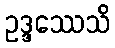
ဥဒ္ဒဿေသိ